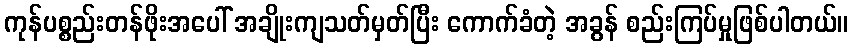
ကုန်ပစ္စည်းတန်ဖိုးအပေါ် အချိုးကျသတ်မှတ်ပြီး ကောက်ခံတဲ့ အခွန် စည်းကြပ်မှုဖြစ်ပါတယ်။